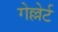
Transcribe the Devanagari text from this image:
गेल्लेर्ट